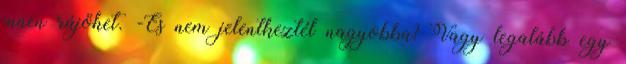
innen rájöhet. -És nem jelentkeztél nagyobba? Vagy legalább egy